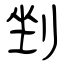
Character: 剉